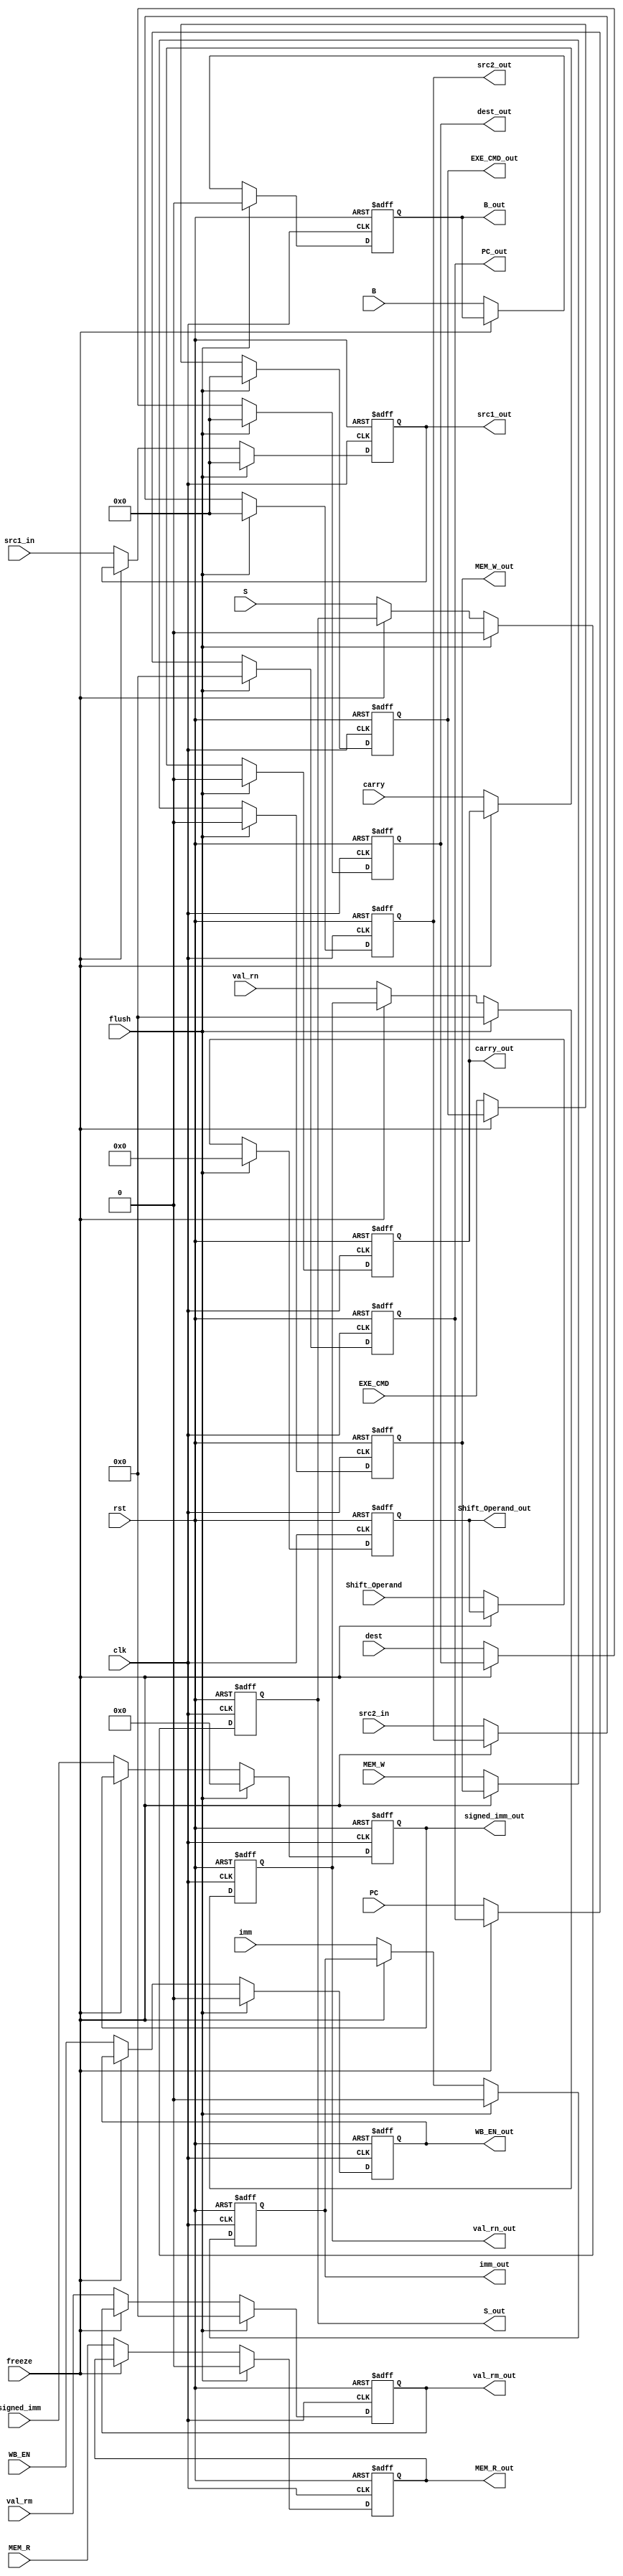
module ID_REG(clk,rst,flush,freeze,carry,dest,signed_imm,Shift_Operand,imm,val_rm,val_rn,PC,S,B,EXE_CMD,MEM_W,MEM_R,WB_EN,src1_in,src2_in,
carry_out,dest_out,signed_imm_out,Shift_Operand_out,imm_out,val_rm_out,val_rn_out,PC_out,S_out,B_out,
EXE_CMD_out,MEM_W_out,MEM_R_out,WB_EN_out,src1_out,src2_out);

input clk,rst,flush,carry,S,B,MEM_W,MEM_R,WB_EN,imm,freeze;
input [3:0]dest,EXE_CMD,src1_in,src2_in;
input [31:0]val_rm,val_rn,PC;
input [11:0]Shift_Operand;
input [23:0]signed_imm;

output reg carry_out,S_out,B_out,MEM_W_out,MEM_R_out,WB_EN_out,imm_out;
output reg [3:0]dest_out,EXE_CMD_out,src1_out,src2_out;
output reg [31:0]val_rm_out,val_rn_out,PC_out;
output reg [11:0]Shift_Operand_out;
output reg [23:0]signed_imm_out;

always@(posedge clk,posedge rst) begin
    if(rst)
        {carry_out,dest_out,signed_imm_out,Shift_Operand_out,imm_out,val_rm_out,val_rn_out,PC_out,S_out,B_out,
        EXE_CMD_out,MEM_W_out,MEM_R_out,WB_EN_out,src1_out,src2_out}<=0;
    else begin
        if(flush)
            {carry_out,dest_out,signed_imm_out,Shift_Operand_out,imm_out,val_rm_out,val_rn_out,PC_out,S_out,B_out,
        EXE_CMD_out,MEM_W_out,MEM_R_out,WB_EN_out,src1_out,src2_out}<=0;
        else if(~freeze) begin
            carry_out<=carry;
            dest_out<=dest;
            signed_imm_out<=signed_imm;
            Shift_Operand_out<=Shift_Operand;
            imm_out<=imm;
            val_rm_out<=val_rm;
            val_rn_out<=val_rn;
            PC_out<=PC;
            S_out<=S;
            B_out<=B;
            EXE_CMD_out<=EXE_CMD;
            MEM_W_out<=MEM_W;
            MEM_R_out<=MEM_R;
            WB_EN_out<=WB_EN;
            src1_out<=src1_in;
            src2_out<=src2_in;
        end
    end
end
endmodule